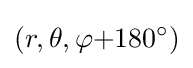
(r,\theta ,\varphi {+}180^{\circ })